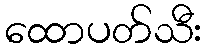
ထောပတ်သီး